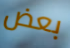
بعض